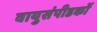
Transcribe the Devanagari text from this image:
वायुसंपीडकों